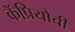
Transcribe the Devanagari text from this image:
कॅप्रियोची